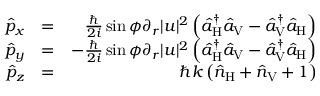
\begin{array} { r l r } { \hat { p } _ { x } } & { = } & { \frac { \hbar } { 2 i } \sin \phi \partial _ { r } | u | ^ { 2 } \left( \hat { a } _ { \mathrm { H } } ^ { \dagger } \hat { a } _ { \mathrm { V } } - \hat { a } _ { \mathrm { V } } ^ { \dagger } \hat { a } _ { \mathrm { H } } \right) } \\ { \hat { p } _ { y } } & { = } & { - \frac { \hbar } { 2 i } \sin \phi \partial _ { r } | u | ^ { 2 } \left( \hat { a } _ { \mathrm { H } } ^ { \dagger } \hat { a } _ { \mathrm { V } } - \hat { a } _ { \mathrm { V } } ^ { \dagger } \hat { a } _ { \mathrm { H } } \right) } \\ { \hat { p } _ { z } } & { = } & { \hbar k \left( \hat { n } _ { \mathrm { H } } + \hat { n } _ { \mathrm { V } } + 1 \right) } \end{array}